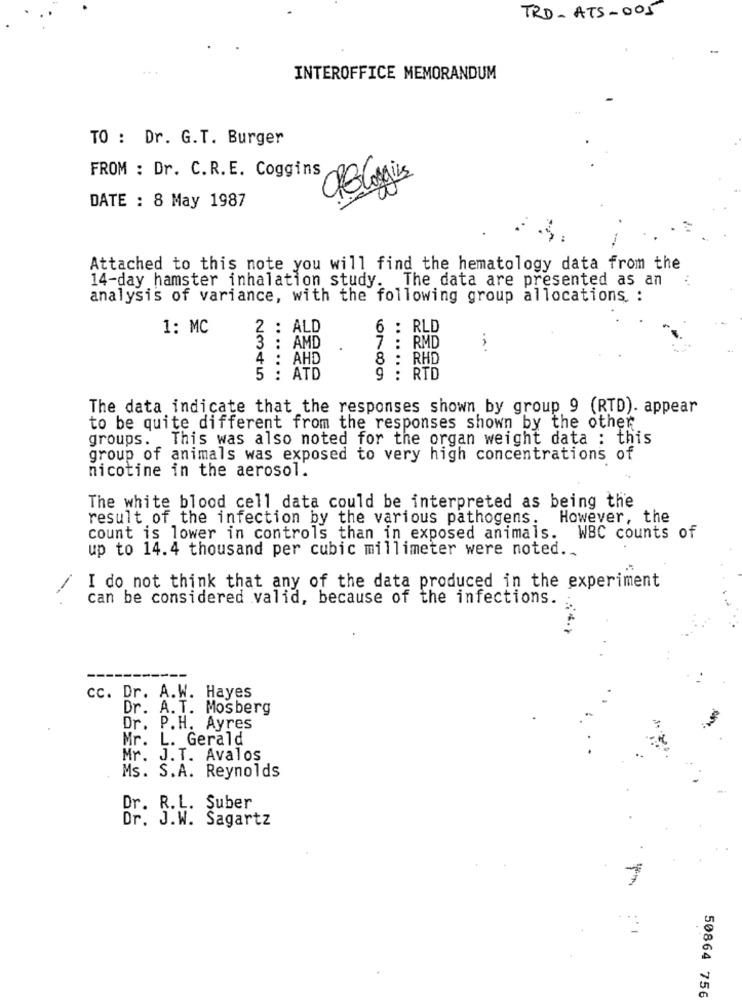
TRD-ATS-005
INTEROFFICE MEMORANDUM
TO : Dr. G.T. Burger
FROM : Dr. C.R.E. Coggins
Log
DATE : 8 May 1987
Attached to this note you will find the hematology data from the
14-day hamster inhalation study. The data are presented as an
analysis of variance, with the following group allocations :
1: MC
ALD
6 : RLD
AMD
.
: RMD
4 : AHD
: RHD
2345
........
ATD
6789
: RTD
........
The data indicate that the responses shown by group 9 (RTD). appear
to be quite different from the responses shown by the other
groups.
This was also noted for the organ weight data : this
group of animals was exposed to very high concentrations of
nicotine in the aerosol.
The white blood cell data could be interpreted as being the
result of the infection by the various pathogens. However, the
count is lower in controls than in exposed animals. WBC counts of
up to 14.4 thousand per cubic millimeter were noted ..
I do not think that any of the data produced in the experiment
can be considered valid, because of the infections.
cc. Dr. A.W. Hayes
Dr. A.T. Mosberg
Dr. P.H. Ayres
Mr. L. Gerald
Mr. J.T. Avalos
Ms. S.A. Reynolds
Dr. R.L. Suber
Dr. J.W. Sagartz
50864 756